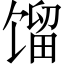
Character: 馏